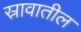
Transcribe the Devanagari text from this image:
स्रावातील